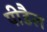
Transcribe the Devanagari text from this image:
पीडैल